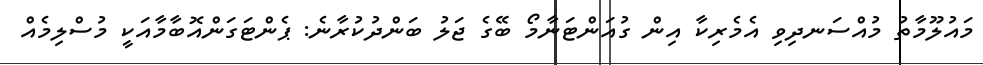
މައުލޫމާތު މުއްސަނދިވި އެމެރިކާ އިން ގުއަންޓަނާމޯ ބޭގެ ޖަލު ބަންދުކުރާނެ: ޕެންޓަގަންއޮބާމާއަކީ މުސްލިމެއް